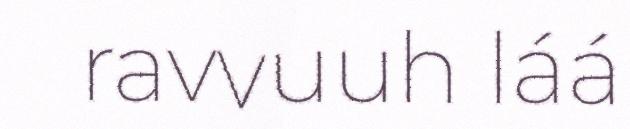
ravvuuh láá